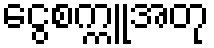
ငွေစက္ကူအတု